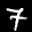
Label: 7